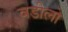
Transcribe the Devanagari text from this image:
वडीलो